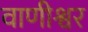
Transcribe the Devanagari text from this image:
वाणीश्वर